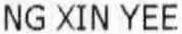
NG XIN YEE